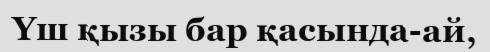
Үш қызы бар қасында-ай,